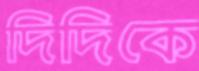
দিদিকে